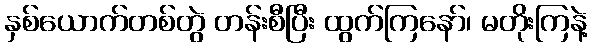
နှစ်ယောက်တစ်တွဲ တန်းစီပြီး ထွက်ကြနော်၊ မတိုးကြနဲ့